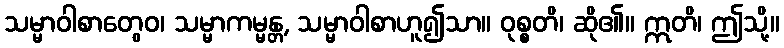
သမ္မာဝါစာတွေဝ၊ သမ္မာကမ္မန္တ, သမ္မာဝါစာဟူ၍သာ။ ဝုစ္စတိ၊ ဆို၏။ ဣတိ၊ ဤသို့။